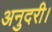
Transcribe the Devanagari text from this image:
अनुदरी।